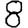
Digit: 8